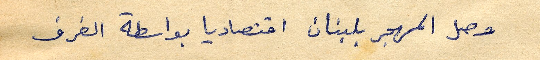
وصل المهجر بلبنان اقتصاديا بواسطة الغرف